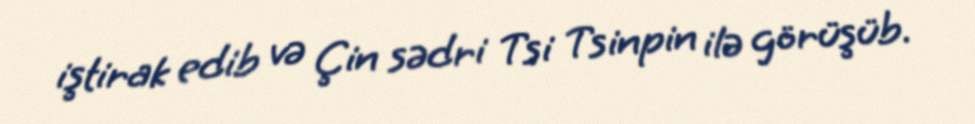
iştirak edib və Çin sədri Tsi Tsinpin ilə görüşüb.